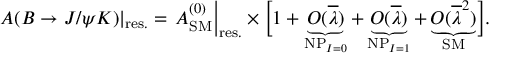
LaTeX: \left. A ( B \to J / \psi K ) \right| _ { \mathrm { r e s . } } = \left. A _ { \mathrm { S M } } ^ { ( 0 ) } \right| _ { \mathrm { r e s . } } \times \biggl [ 1 + \underbrace { { \cal O } ( \overline { { { \lambda } } } ) } _ { \mathrm { N P } _ { I = 0 } } + \underbrace { { \cal O } ( \overline { { { \lambda } } } ) } _ { \mathrm { N P } _ { I = 1 } } + \underbrace { { \cal O } ( \overline { { { \lambda } } } ^ { 2 } ) } _ { \mathrm { S M } } \biggr ] .